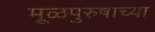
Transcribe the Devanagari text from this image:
मूळपुरुषाच्या